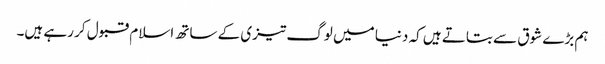
ہم بڑے شوق سے بتاتے ہیں کہ دنیا میں لوگ تیزی کے ساتھ اسلام قبول کر رہے ہیں۔